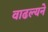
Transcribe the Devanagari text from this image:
वाढल्यने